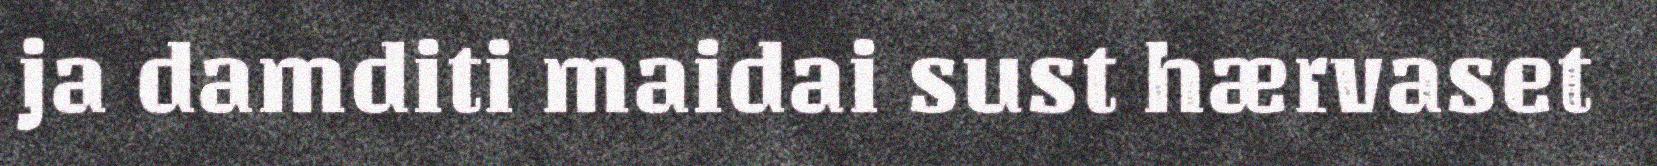
ja damditi maidai sust hærvaset